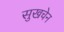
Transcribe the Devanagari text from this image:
सुखचेन